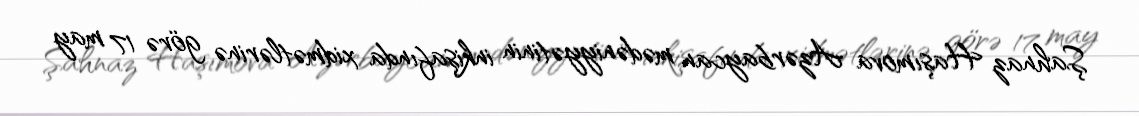
Şahnaz Haşımova Azərbaycan mədəniyyətinin inkişafında xidmətlərinə görə 17 may